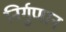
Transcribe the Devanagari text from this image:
निर्गुणान